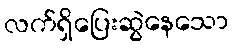
လက်ရှိပြေးဆွဲနေသော